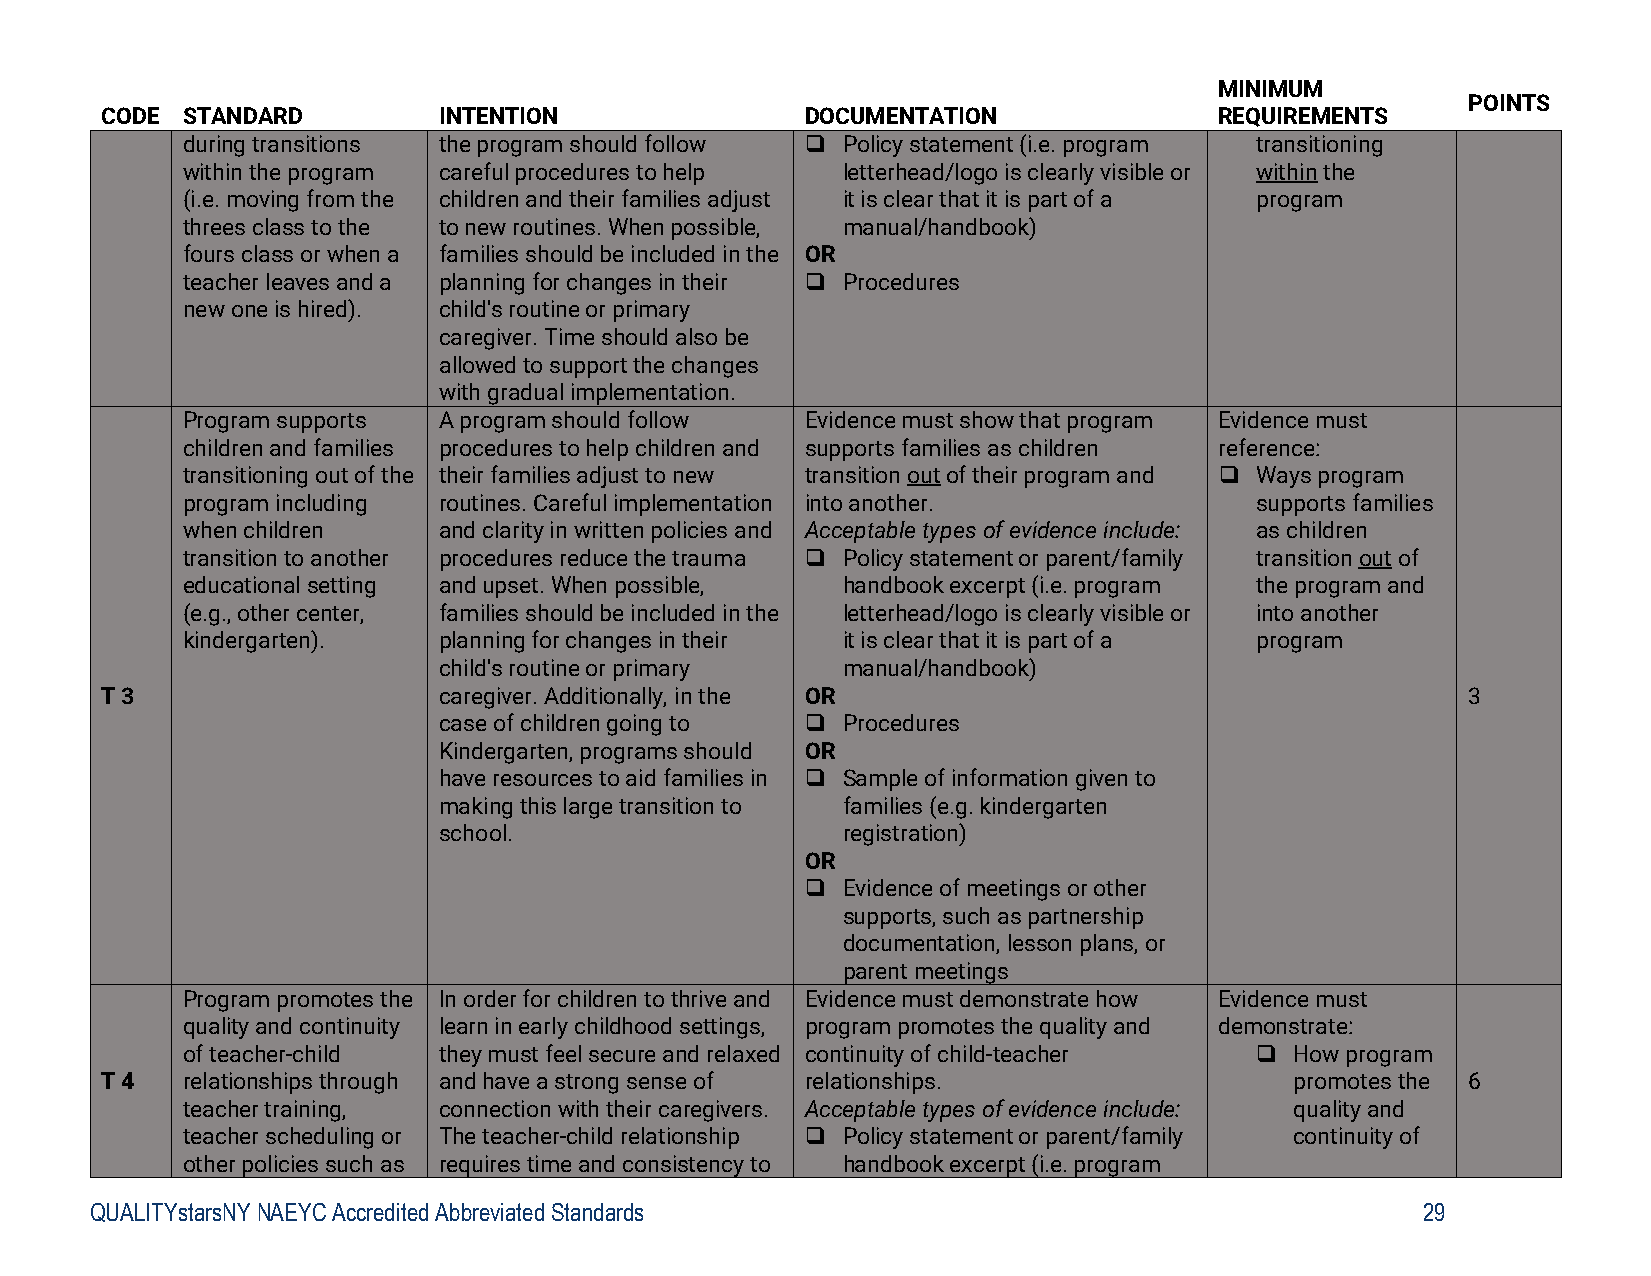
MINIMUM
 POINTS
 CODE STANDARD         INTENTION               DOCUMENTATION               REQUIREMENTS
 during transitions the program should follow  Policy statement (i.e. program transitioning
 within the program careful procedures to help letterhead/logo is clearly visible or within the
 (i.e. moving from the children and their families adjust it is clear that it is part of a program
 threes class to the to new routines. When possible, manual/handbook)
 fours class or when a families should be included in the OR
 teacher leaves and a planning for changes in their  Procedures
 new one is hired). child's routine or primary
 caregiver. Time should also be
 allowed to support the changes
 with gradual implementation.
 Program supports A program should follow Evidence must show that program Evidence must
 children and families procedures to help children and supports families as children reference:
 transitioning out of the their families adjust to new transition out of their program and  Ways program
 program including routines. Careful implementation into another.       supports families
 when children    and clarity in written policies and Acceptable types of evidence include: as children
 transition to another procedures reduce the trauma  Policy statement or parent/family transition out of
 educational setting and upset. When possible, handbook excerpt (i.e. program the program and
 (e.g., other center, families should be included in the letterhead/logo is clearly visible or into another
 kindergarten).   planning for changes in their it is clear that it is part of a program
 child's routine or primary manual/handbook)
 T 3                   caregiver. Additionally, in the OR                                  3
 case of children going to  Procedures
 Kindergarten, programs should OR
 have resources to aid families in  Sample of information given to
 making this large transition to families (e.g. kindergarten
 school.                    registration)
 OR
   Evidence of meetings or other
 supports, such as partnership
 documentation, lesson plans, or
 parent meetings
 Program promotes the In order for children to thrive and Evidence must demonstrate how Evidence must
 quality and continuity learn in early childhood settings, program promotes the quality and demonstrate:
 of teacher-child they must feel secure and relaxed continuity of child-teacher  How program
 T 4  relationships through and have a strong sense of relationships.           promotes the 6
 teacher training, connection with their caregivers. Acceptable types of evidence include: quality and
 teacher scheduling or The teacher-child relationship  Policy statement or parent/family continuity of
 other policies such as requires time and consistency to handbook excerpt (i.e. program
 QUALITYstarsNY NAEYC Accredited Abbreviated Standards                                   29